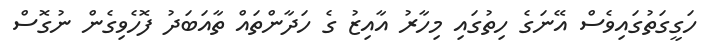
ހަގީގަތުގައިވެސް އޭނަގެ ހިތުގައި މިހާރު އާއިޒު ގެ ހަދާންތައް ތާއަބަދު ފޮހެވިގެން ނުގޮސް